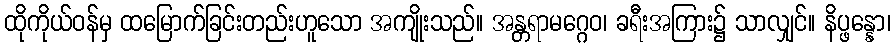
ထိုကိုယ်ဝန်မှ ထမြောက်ခြင်းတည်းဟူသော အကျိုးသည်။ အန္တရာမဂ္ဂေဝ၊ ခရီးအကြား၌ သာလျှင်။ နိပ္ဖန္နော၊